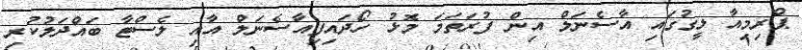
ޕްރިމިއާ ލީގުގައި އާސެނަލް އިން ފުރަތަމަ މޮޅު ހޯދައިފިއާސެނަލް އާއި ލެސްޓާ ބައްދަލުކުރި